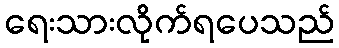
ရေးသားလိုက်ရပေသည်